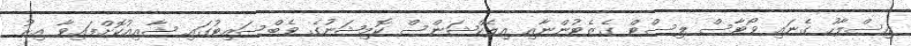
އިސްލާހު ގެނައި ވޯޓާސް ލިސްޓް ގެޒެޓުންނާއި އިލެކްޝަންސް ކޮމިޝަނުގެ ވެބްސައިޓުގައި ޝާއިއުކޮށްފައިވާ އިރު